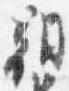
朝